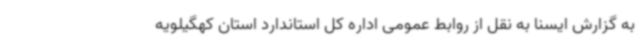
به گزارش ایسنا به نقل از روابط عمومی اداره کل استاندارد استان کهگیلویه